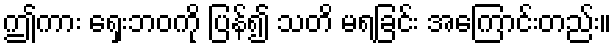
ဤကား ရှေးဘဝကို ပြန်၍ သတိ မရခြင်း အကြောင်းတည်း။